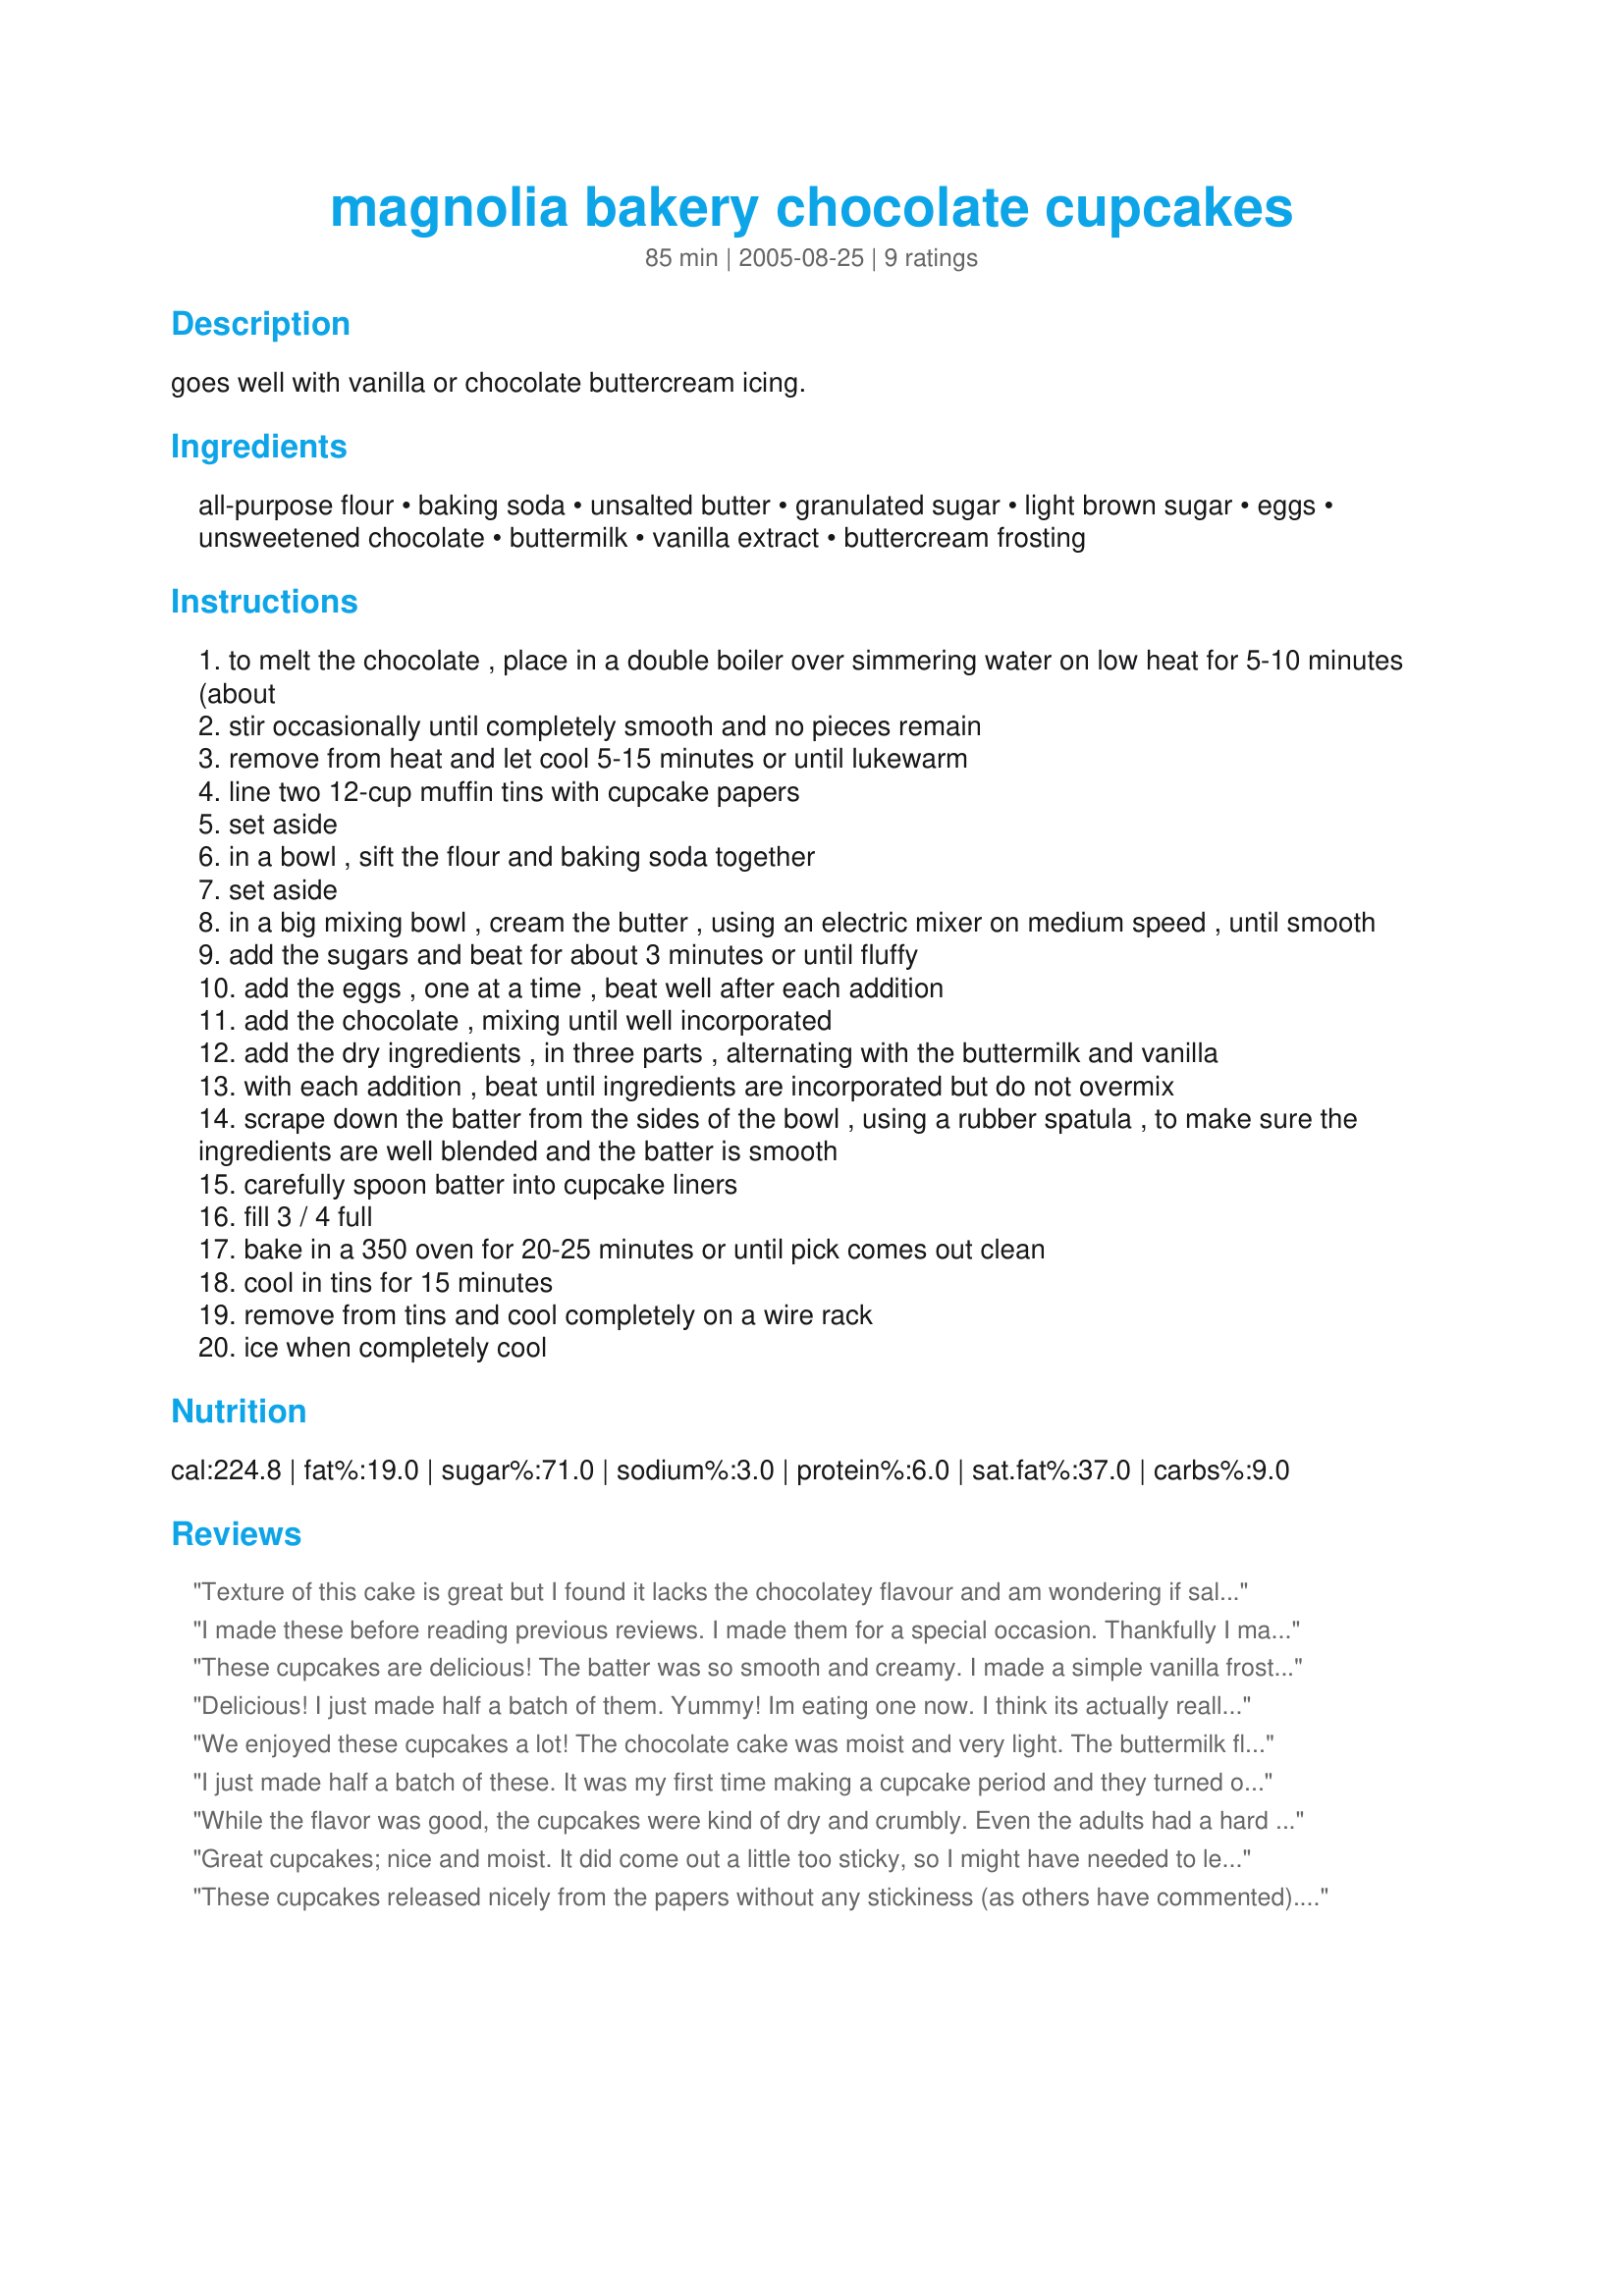
magnolia bakery chocolate cupcakes
Preparation time: 85 minutes

goes well with vanilla or chocolate buttercream icing.

Ingredients:
all-purpose flour, baking soda, unsalted butter, granulated sugar, light brown sugar, eggs, unsweetened chocolate, buttermilk, vanilla extract, buttercream frosting

Steps:
to melt the chocolate , place in a double boiler over simmering water on low heat for 5-10 minutes (about
stir occasionally until completely smooth and no pieces remain
remove from heat and let cool 5-15 minutes or until lukewarm
line two 12-cup muffin tins with cupcake papers
set aside
in a bowl , sift the flour and baking soda together
set aside
in a big mixing bowl , cream the butter , using an electric mixer on medium speed , until smooth
add the sugars and beat for about 3 minutes or until fluffy
add the eggs , one at a time , beat well after each addition
add the chocolate , mixing until well incorporated
add the dry ingredients , in three parts , alternating with the buttermilk and vanilla
with each addition , beat until ingredients are incorporated but do not overmix
scrape down the batter from the sides of the bowl , using a rubber spatula , to make sure the ingredients are well blended and the batter is smooth
carefully spoon batter into cupcake liners
fill 3 / 4 full
bake in a 350 oven for 20-25 minutes or until pick comes out clean
cool in tins for 15 minutes
remove from tins and cool completely on a wire rack
ice when completely cool

Reviews:
Texture of this cake is great but I found it lacks the chocolatey flavour and am wondering if salted butter might work better. Will tweak this recipe and try again because I do like the texture.
I made these before reading previous reviews. I made them for a special occasion. Thankfully I made them the day before and had time to make something else. These were VERY dry. I followed the recipe exactly using new and fresh ingredients with the exception that I baked them for two minutes less than the recipe called for -- seems like that would have made them moister. Since the batter was a lot thicker than any cake batter I've made before, I filled the cupcake liners to the top thinking they wouldn't rise as much - they didn't even rise 1/4&quot;. I don't even know what 'tweak' would have made them edible. I frosted them with cream cheese frosting. I tried one after a couple hours and decided there was no way I could salvage them - I threw them out. I bake quite a bit and can't figure out how they could have gone so wrong for me, but more than acceptable to others, especially the review that said they are &quot;moist&quot;.
These cupcakes are delicious! The batter was so smooth and creamy. I made a simple vanilla frosting and since my son is 6, there were lotsa sprinkles on the frosting! I made them for his kindergarten class and they were a hit with the kids! Thanks for sharing and posting this recipe! I'll definitely make these again.
Delicious! I just made half a batch of them. Yummy! Im eating one now. I think its actually really good, although I havent tried the buttercream frosting, Im eating it alone. It tastes like Cocoa Pebbles. For a homemade chocolate cupcake recipe it tastes really good. The next day or days, it will taste better. I cant imagine how good it will taste w/ frosting. Next time, I make this, Im going to add some milk choco. chips into the batter, and frost it with a homemade ganache frosting!! Thanks for this recipe. Its really nice to have on hand, you should always have a homemade choco cake recipe and a homemade vanilla cake recipe. You can of course turn any cupcake batter into a cake batter, and just cook from anywhere to 35-50 min, you just have to watch it. Thank you so much!!
We enjoyed these cupcakes a lot! The chocolate cake was moist and very light. The buttermilk flavor helped to make it not so sweet. I found that overfilling the baking cups is a huge mistake. The batter seems really light, almost as if you'd added stiff egg whites to it, so I filled them just a little more than 3/4 of the way full, but it was a mistake. The batter expands a lot more than I expected and it made several of the cupcakes a bit insubstantial. If anything, I would fill the cups just a bit more than half full to keep all that goodness in! Thanks for this recipe, it was wonderful and we're going to see if the next batch lasts long enough to ice!
I just made half a batch of these. It was my first time making a cupcake period and they turned out great! They were moist, came off the paper easily, and tasted wonderful! I had no trouble with the color- they were a rich deep brown. I frosted them with a different recipe for caramel cream cheese frosting and they were amazing that way! I used very basic chocolate from Baker's brand. To me, this chocolate tastes like Cocoa powder and so does the cupcake a bit so if you want a richer chocolate taste I'd take that into account- maybe a slightly sweet chocolate rather than unsweetened would do the trick? half the recipe make about 15 standard cupcakes. I filled the liners 2/3 full as others suggested. I baked them for 19-20 min. Great recipe!
While the flavor was good, the cupcakes were kind of dry and crumbly. Even the adults had a hard time eating them 'neatly'. I used Recipe #261024 and it complimented the flavor nicely. Thanks!
Great cupcakes; nice and moist. It did come out a little too sticky, so I might have needed to leave it in the oven for a few more minutes. Topped it with peanut butter frosting, and it was perfect.
These cupcakes released nicely from the papers without any stickiness (as others have commented). I didn't find that there was a strong chocolate flavor, which was disappointing because i used a high quality dark chocolate (i didn't offset the sugar in any way either). The texture was light, fluffy and moist. For me, regular sized cupcakes cooked by 19 minutes, mini cupcakes cooked in 10 minutes. Using "standard sized" liners filled 2/3 this recipe yeilded 24 standard cupcakes (no dome-just flat) and 30 mini cupcakes (slight dome). I would make again, but may add some sifted cocoa to the flour so that the cupcake will turn out darker (it was pretty light for a chocolate cupcake).
